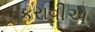
કરાવીએ